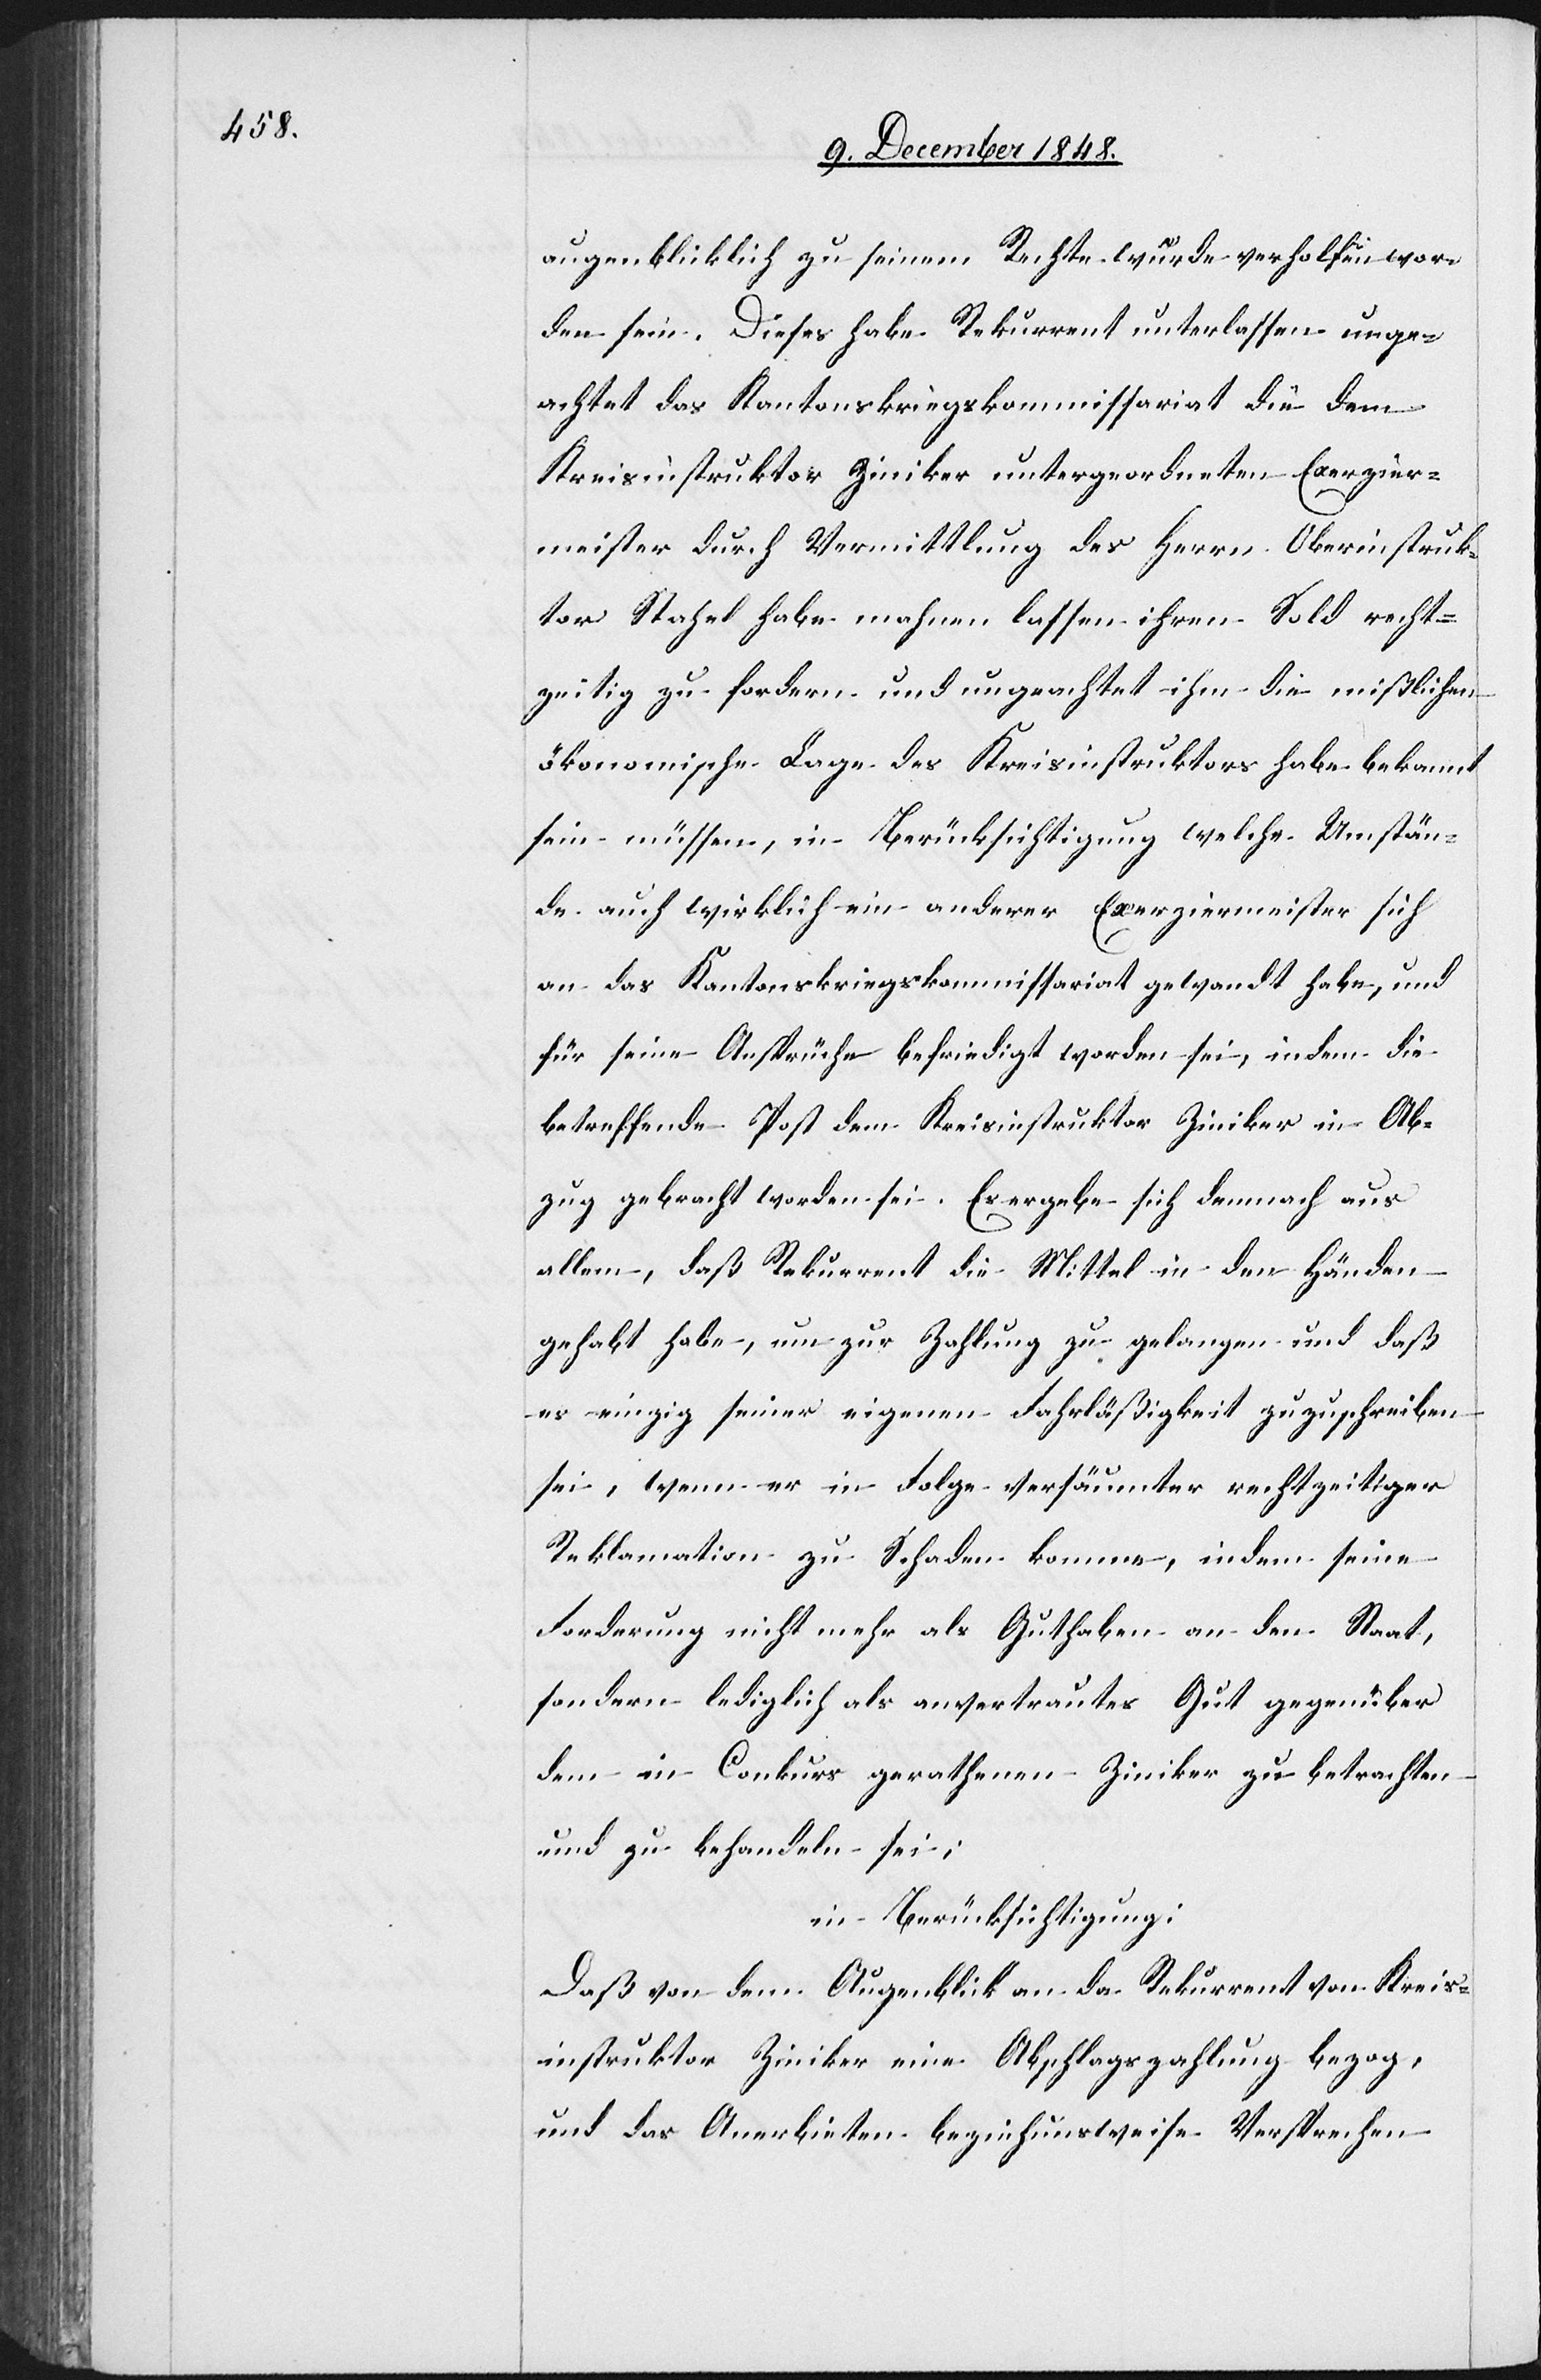
augenblicklich zu seinem Rechte würde verholfen wor¬
den sein. Dieses habe Rekurrent unterlassen unge¬
achtet das Kantonskriegskommissariat die dem
Kreisinstruktor Ziniker untergeordneten Exerzier¬
meister durch Vermittlung des Herrn Oberinstruk¬
tor Stahel habe mahnen lassen ihren Sold recht¬
zeitig zu fordern und ungeachtet ihm die mißlichen
ökonomische Lage des Kreisinstruktors habe bekannt
sein müssen, in Berücksichtigung welche Umstän¬
de auch wirklich ein anderer Exerziermeister sich
an das Kantonskriegskommissariat gewandt habe
für seine Ansprüche befriedigt worden sei, indem die
betreffende Post dem Kreisinstruktor Ziniker in Ab¬
zug gebracht worden sei. Es ergebe sich demnach aus
allem, daß Rekurrent die Mittel in den Händen
gehabt habe, um zur Zahlung zu gelangen und daß
es einzig seiner eigenen Fahrläßigkeit zuzuschreiben
sei, wenn er in Folge versäumter rechtzeitiger
Reklamation zu Schaden komme, indem seine
Forderung nicht mehr als Guthaben an den Staat,
sondern lediglich als anvertrautes Gut gegenüber
dem in Conkurs gerathenen Ziniker zu betrachten
und zu behandeln sei;
in Berücksichtigung:
Daß von dem Augenblick an da Rekurrent von Kreis¬
instruktor Ziniker eine Abschlagszahlung bezog,
und das Anerbieten beziehun[g]sweise Versprechen